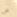
عن